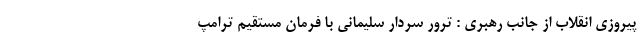
پیروزی انقلاب از جانب رهبری : ترور سردار سلیمانی با فرمان مستقیم ترامپ